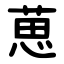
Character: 葸